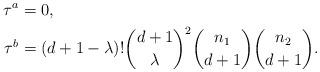
LaTeX: \begin{align*}\tau^a & =0, \\\tau^b & =(d+1-\lambda)! {d+1 \choose \lambda}^2 {n_1 \choose d+1} {n_2 \choose d+1}. \end{align*}